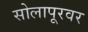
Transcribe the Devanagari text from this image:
सोलापूरवर